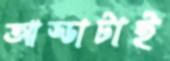
আড্ডাটাই